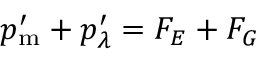
p _ { \mathrm { m } } ^ { \prime } + p _ { \lambda } ^ { \prime } = { \cal F } _ { E } + { \cal F } _ { G }